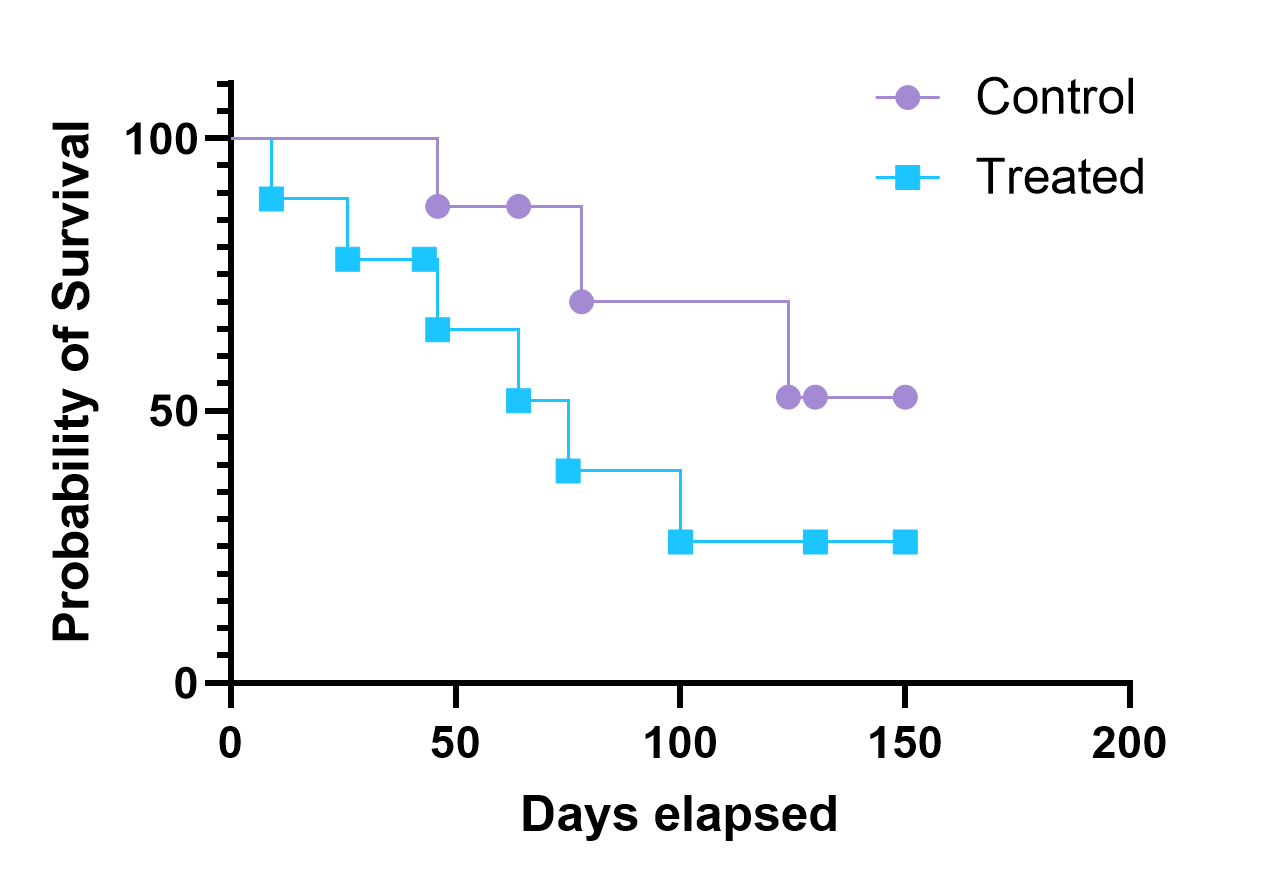
graphpad, survival, two groups, staircase, point